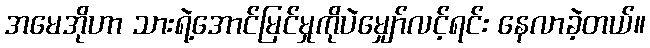
အမေအိုဟာ သားရဲ့အောင်မြင်မှုကိုပဲမျှော်လင့်ရင်း နေလာခဲ့တယ်။